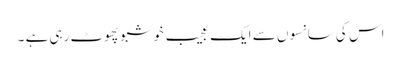
اس کی سانسوں سے ایک عجیب خوشبو پھوٹ رہی ہے ۔